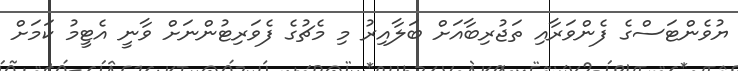
ޔުވެންޓަސްގެ ފެންވަރާއި ތަޖުރިބާއަށް ބަލާއިރު މި މެޗުގެ ފެވަރިޓުންނަށް ވާނީ އެޓީމު ކަމަށް